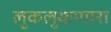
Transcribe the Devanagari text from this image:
लुकलुकणारा